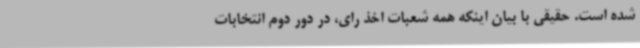
شده است. حقیقی با بیان اینکه همه شعبات اخذ رای، در دور دوم انتخابات